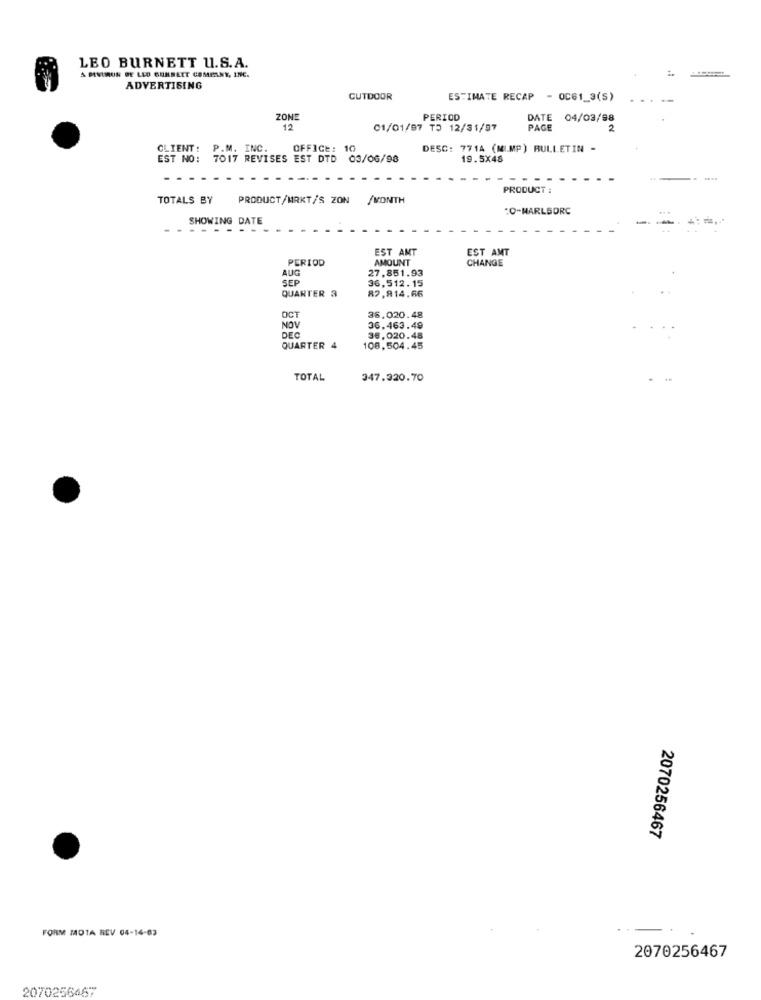
LEO BURNETT U.S.A.
& PINIMUN DE LEO BURNETT COMPANY, INC.
ADVERTISING
GUTDOOR
ESTIMATE RECAP - OC61_3(S)
....
ZONE
PERIOD
DATE 04/03/98
12
01/01/97 TO 12/31/57
PAGE
CLIENT:
P.M. INC.
OFFICE: 10
DESC: 771A (MI.MP) BULLETIN -
EST NO: 7017 REVISES EST DTD 03/06/98
19.5X48
PRODUCT :
TOTALS BY
PRODUCT/MRKT/S ZON /MONTH
:O-MARLSORC
SHOWING DATE
- -
EST AMT
EST AMT
PERIOD
AMOUNT
CHANGE
AUG
SEP
27,851.93
QUARTER 3
36,512.15
82,814.66
OCT
36.020.48
NOV
36,463.49
DEC
36,020.48
QUARTER 4
108,504.45
TOTAL
347.320.70
2070256467
FORM MOTA REV 04-14-83
2070256467
2070256467